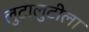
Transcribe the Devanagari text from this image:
लुटालुटीला